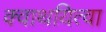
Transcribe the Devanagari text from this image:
क्वाथयित्वा